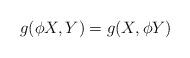
LaTeX: \begin{align*}g(\phi X,Y) = g(X,\phi Y)\end{align*}